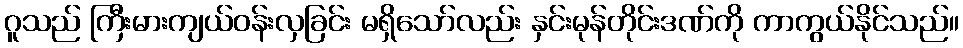
ဂူသည် ကြီးမားကျယ်ဝန်းလှခြင်း မရှိသော်လည်း နှင်းမုန်တိုင်းဒဏ်ကို ကာကွယ်နိုင်သည်။